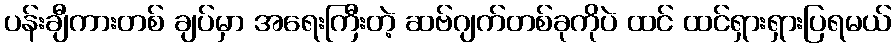
ပန်းချီကားတစ် ချပ်မှာ အရေးကြီးတဲ့ ဆဗ်ဂျက်တစ်ခုကိုပဲ ထင် ထင်ရှားရှားပြရမယ်